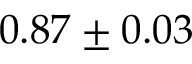
0 . 8 7 \pm 0 . 0 3